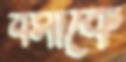
বসাকে